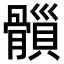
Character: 𩪇